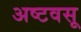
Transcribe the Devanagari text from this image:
अष्टवसू